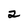
Character: 2